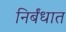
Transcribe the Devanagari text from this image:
निर्बंधात